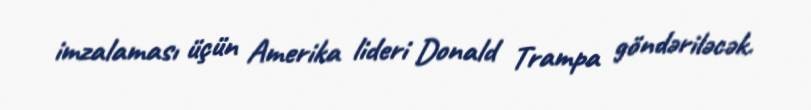
imzalaması üçün Amerika lideri Donald Trampa göndəriləcək.